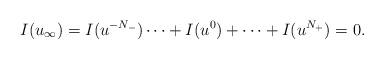
LaTeX: \begin{align*} I(u_{\infty})=I(u^{-N_-}) \dots + I(u^0) + \dots +I(u^{N_+})=0.\end{align*}